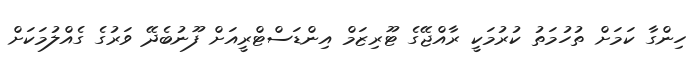
ހިންގާ ކަމަށް ތުހުމަތު ކުރުމަކީ ރާއްޖޭގެ ޓޫރިޒަމް އިންޑަސްޓްރީއަށް ފޫނުބެދޭ ވަރުގެ ގެއްލުމަކަށް